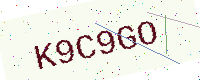
Text: K9C9GO